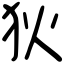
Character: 狄